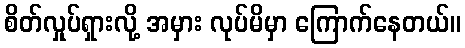
စိတ်လှုပ်ရှားလို့ အမှား လုပ်မိမှာ ကြောက်နေတယ်။